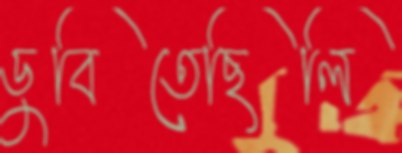
ডুবিতেছিলি